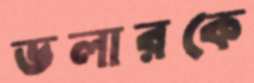
ডলারকে